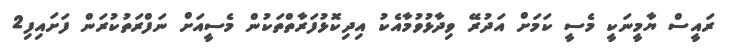
ރައީސް ޔާމީނަކީ މެސީ ކަމަށް އަދުރޭ ވިދާޅުވުމާއެކު އިދިކޮޅުފަރާތްތަކުން މެސީއަށް ނަފްރަތުކުރަން ފަށައިފި2